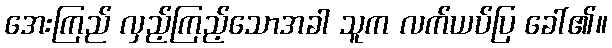
အေးကြည် လှည့်ကြည့်သောအခါ သူက လက်ယပ်ပြ ခေါ်၏။